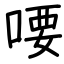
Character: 喓